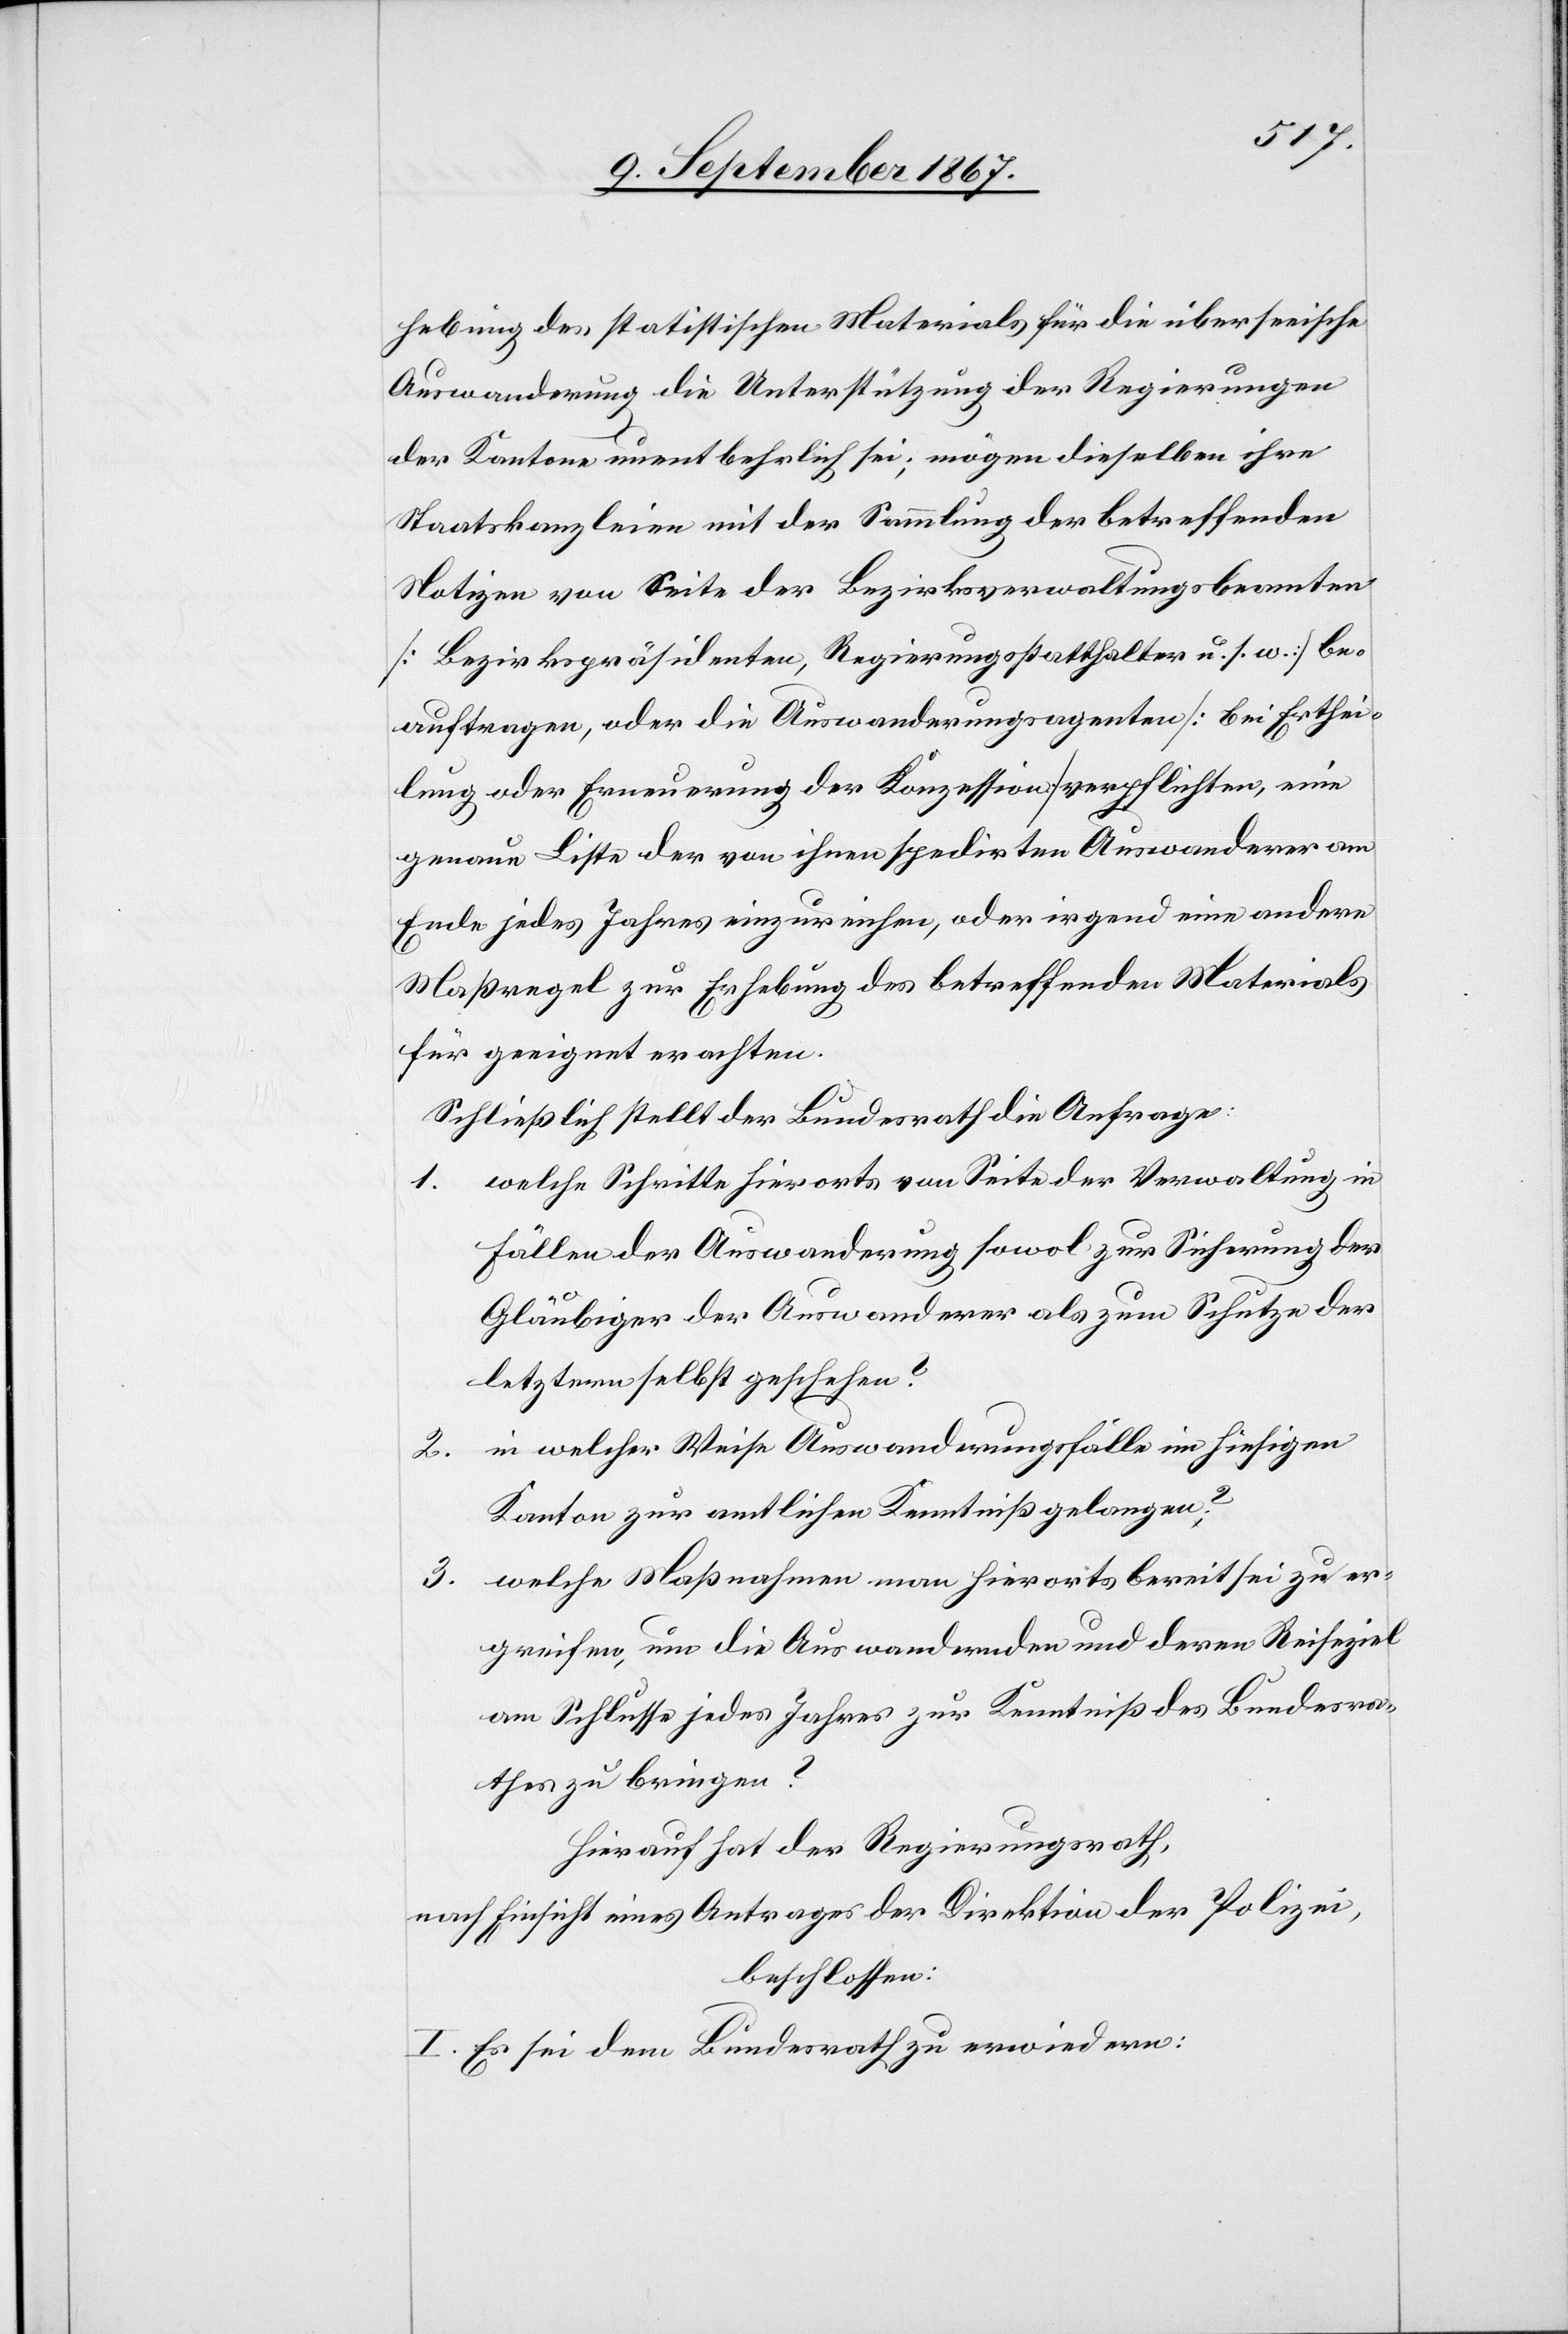
hebung des statistischen Materials für die überseeische
Auswanderung die Unterstützung der Regierungen
der Kantone unentbehrlich sei; mögen dieselben ihre
Staatskanzleien mit der Sammlung der betreffenden
Notizen von Seite der Bezirksverwaltungsbeamten
[Bezirkspräsidenten, Regierungsstatthalter u. s. w.] be¬
auftragen, oder die Auswanderungsagenten [bei Erthei¬
lung oder Erneuerung der Konzession] verpflichten, eine
genaue Liste der von ihnen spedirten Auswanderer am
Ende jedes Jahres einzureichen, oder irgend eine andere
Maßregel zur Erhebung des betreffenden Materials
für geeignet erachten.
Schließlich stellt der Bundesrath die Anfrage:
1. welche Schritte hierorts von Seite der Verwaltung in
Fällen der Auswanderung sowol zur Sicherung der
Gläubiger der Auswanderer als zum Schutze der
letztern selbst geschehen?
in welcher Weise Auswanderungsfälle im hiesigen
2.
Kanton zur amtlichen Kenntniß gelangen?
3.
welche Maßnahmen man hierorts bereit sei zu er¬
greifen, um die Auswandernden und deren Reiseziel
am Schlusse jedes Jahres zur Kenntniß des Bundesra¬
thes zu bringen?
Hierauf hat der Regierungsrath,
nach Einsicht eines Antrages der Direktion der Polizei,
beschlossen:
I. Es sei dem Bundesrathe zu erwiedern: